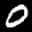
Label: 0